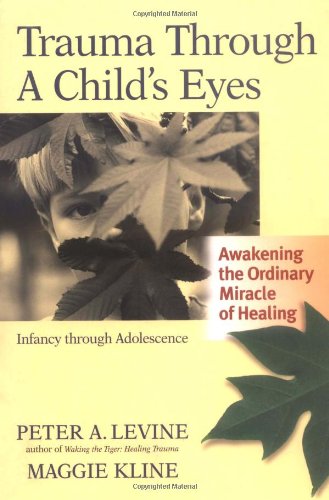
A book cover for Trauma Through a Child's Eyes: Awakening the Ordinary Miracle of Healing; Peter A. Levine Ph.D.; Health, Fitness & Dieting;